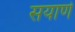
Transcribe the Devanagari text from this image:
सयाणे